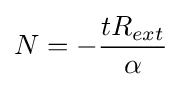
N=-{\frac {tR_{ext}}{\alpha }}